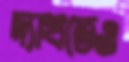
দ্যাখতেও